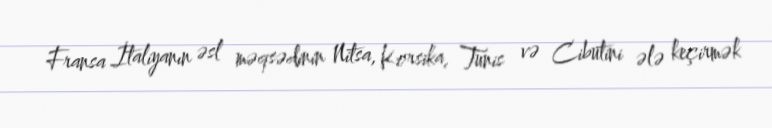
Fransa İtaliyanın əsl məqsədinin Nitsa, Korsika, Tunis və Cibutini ələ keçirmək